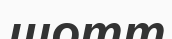
шотт